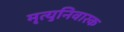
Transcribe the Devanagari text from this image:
मृत्युनिवारक